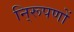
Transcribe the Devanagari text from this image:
नि्रूपणों